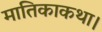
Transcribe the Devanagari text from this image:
मातिकाकथा।